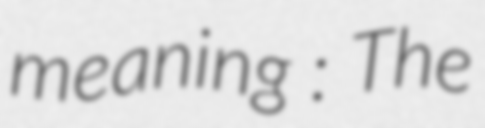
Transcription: meaning : The